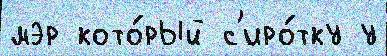
мэр кото́рый с'иро́тку у